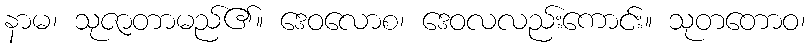
နာမ၊ သုဇာတာမည်၏။ ဒေဝလောစ၊ ဒေဝလလည်းကောင်း။ သုတတောဝ၊